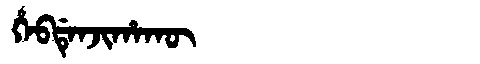
Manchu: ᡥᡝᠪᡩᡝᠨᠵᡳᡥᠠᡴᡡ
Romanization: HEBDENJIHAKŪ